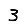
Digit: 3